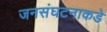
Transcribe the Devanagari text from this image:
जनसंघटनाकडे